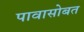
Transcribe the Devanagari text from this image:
पावासोबत